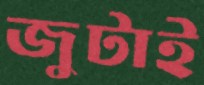
জুটাই